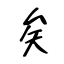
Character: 矣